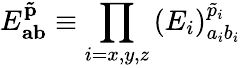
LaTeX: E_{\mathbf{ab}}^{\mathbf{\tilde{p}}}\equiv\prod_{i={x,y,z}}\left(E_{i}\right)_{a_{i}b_{i}}^{\tilde{p}_{i}}